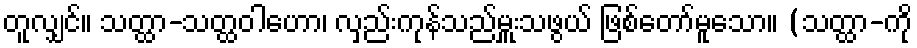
တူလျှင်။ သတ္ထာ-သတ္ထဝါဟော၊ လှည်းကုန်သည်မှူးသဖွယ် ဖြစ်တော်မူသော။ (သတ္ထာ-ကို